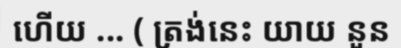
ហើយ ... ( ត្រង់នេះ យាយ នួន